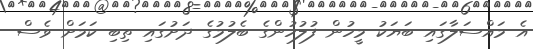
އެ މައްސަލާގައި ބަޔަކު މީހުން ފުލުހުންގެ ބެލުމުގެ ދަށުގައި ތިބި ކަމަށް ވެސް